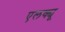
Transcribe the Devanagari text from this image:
एलक्यू